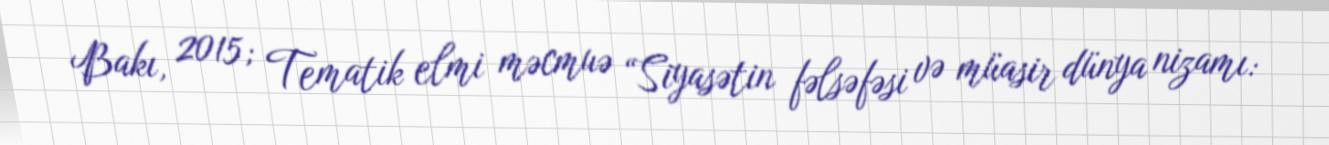
Bakı, 2015; Tematik elmi məcmuə “Siyasətin fəlsəfəsi və müasir dünya nizamı: